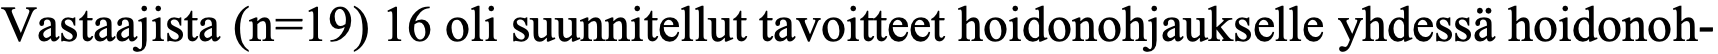
Vastaajista (n=19) 16 oli suunnitellut tavoitteet hoidonohjaukselle yhdessä hoidonoh-